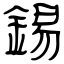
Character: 錫